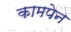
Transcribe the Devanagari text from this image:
कामपेन